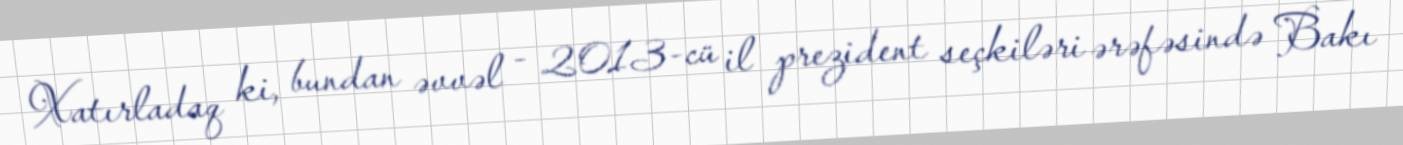
Xatırladaq ki, bundan əvvəl - 2013-cü il prezident seçkiləri ərəfəsində Bakı